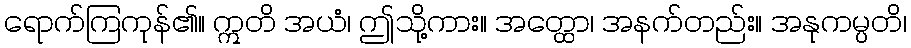
ရောက်ကြကုန်၏။ ဣတိ အယံ၊ ဤသို့ကား။ အတ္ထော၊ အနက်တည်း။ အနုကမ္ပတိ၊